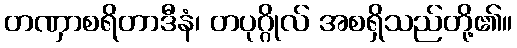
တဏှာစရိတာဒီနံ၊ တပုဂ္ဂိုလ် အစရှိသည်တို့၏။